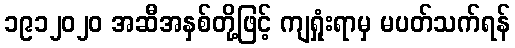
၁၉၁၂၀၂၀ အဆီအနှစ်တို့ဖြင့် ကျရှုံးရာမှ မပတ်သက်ရန်